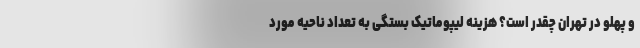
و پهلو در تهران چقدر است؟ هزینه لیپوماتیک بستگی به تعداد ناحیه مورد